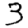
Digit: 3